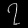
Digit: ၇